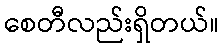
စေတီလည်းရှိတယ်။